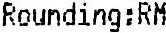
ROUNDING:RM